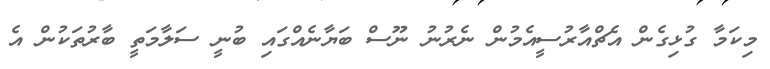
މިކަމާ ގުޅިގެން އެޗްއާރުސީއެމުން ނެރުނު ނޫސް ބަޔާނެއްގައި ބުނީ ސަލާމަތީ ބާރުތަކުން އެ